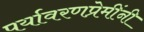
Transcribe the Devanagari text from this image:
पर्यावरणप्रेमींनी